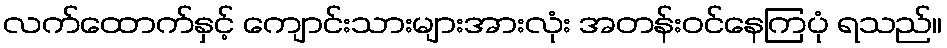
လက်ထောက်နှင့် ကျောင်းသားများအားလုံး အတန်းဝင်နေကြပုံ ရသည်။